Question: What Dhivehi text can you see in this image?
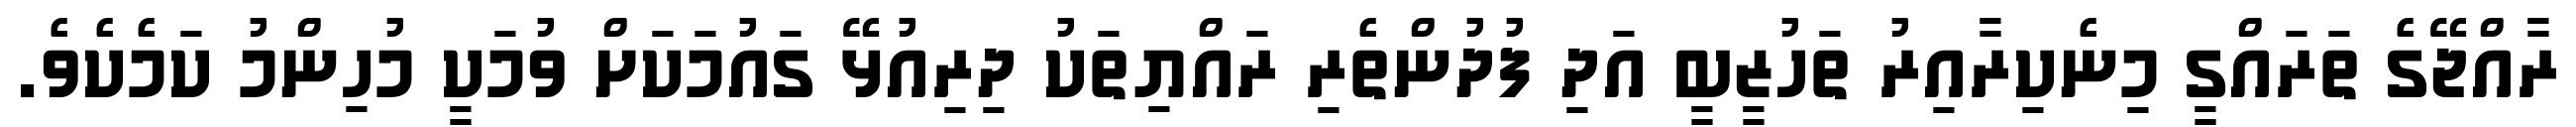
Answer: ރާއްޖޭގެ ތަރައްގީ މިނެކިރާއިރު ތަހުޒީބީ އަދި ފުދުންތެރި ރައްޔިތަކު ދިރިއުޅޭ ގައުމަކަށް ވުމަކީ މުހިންމު ކަމެކެވެ.